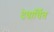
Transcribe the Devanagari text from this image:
देवार्चित